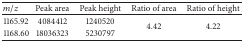
| m/z | Peak area | Peak height | Ratio of area | Ratio of height |
 | --- | --- | --- | --- | --- |
 | 1165.92 | 4084412 | 1240520 | <ROWSPAN=2> 4.42 | <ROWSPAN=2> 4.22 |
 | 1168.60 | 18036323 | 5230797 |